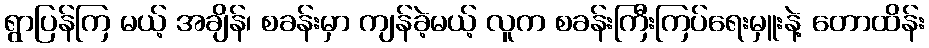
ရွာပြန်ကြ မယ့် အချိန်၊ စခန်းမှာ ကျန်ခဲ့မယ့် လူက စခန်းကြီးကြပ်ရေးမှူးနဲ့ တောထိန်း